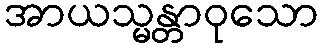
အာယသ္မန္တာဝုသော